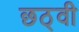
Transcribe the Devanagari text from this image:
छठ्वी